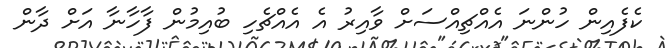
ކެފެއިން ހުންނަ އެއްޗިއްސަށް ވާއިރު އެ އެއްޗެހި ބުއިމުން ފާހާނާ އަށް ދާން